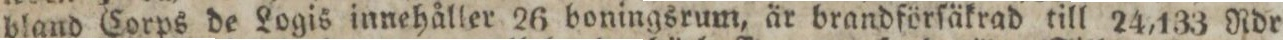
bland Corps de Logis innehåller 26 boningsrum, är brandförſäkrad till 24,133 Rdr